Civil Veterinary Dept. Assam report 1927-50 - 1927-1950
Year: 1927
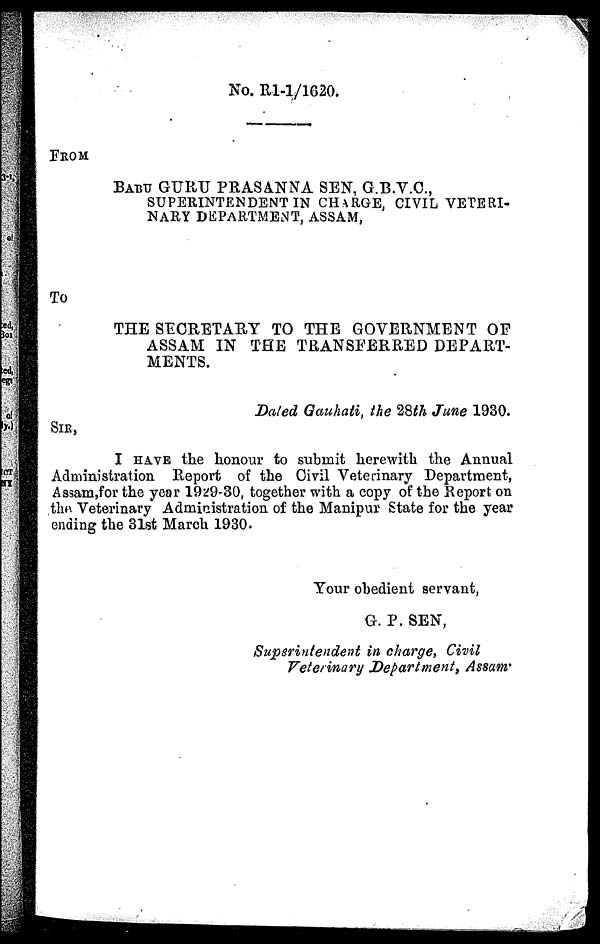
No. R1-1/1620.
FROM
BABU GURU PRASANNA SEN, G.B.V.C.,
SUPERINTENDENT IN CHARGE, CIVIL VETERI-
NARY DEPARTMENT, ASSAM,
To
THE SECRETARY TO THE GOVERNMENT OF
ASSAM IN THE TRANSFERRED DEPART-
MENTS.
Dated Gauhati, the 28th June 1930.
SIR,
I HAVE the honour to submit herewith the Annual
Administration Report of the Civil Veterinary Department,
Assam,for the year 1929-30, together with a copy of the Report on
the Veterinary Administration of the Manipur State for the year
ending the 31st March 1930.
Your obedient servant,
G. P. SEN,
Superintendent in charge, Civil
Veterinary Department, Assam